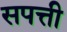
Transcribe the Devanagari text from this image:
सपत्ती